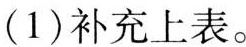
(1)补充上表。